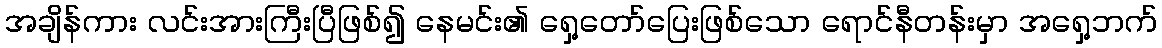
အချိန်ကား လင်းအားကြီးပြီဖြစ်၍ နေမင်း၏ ရှေ့တော်ပြေးဖြစ်သော ရောင်နီတန်းမှာ အရှေ့ဘက်